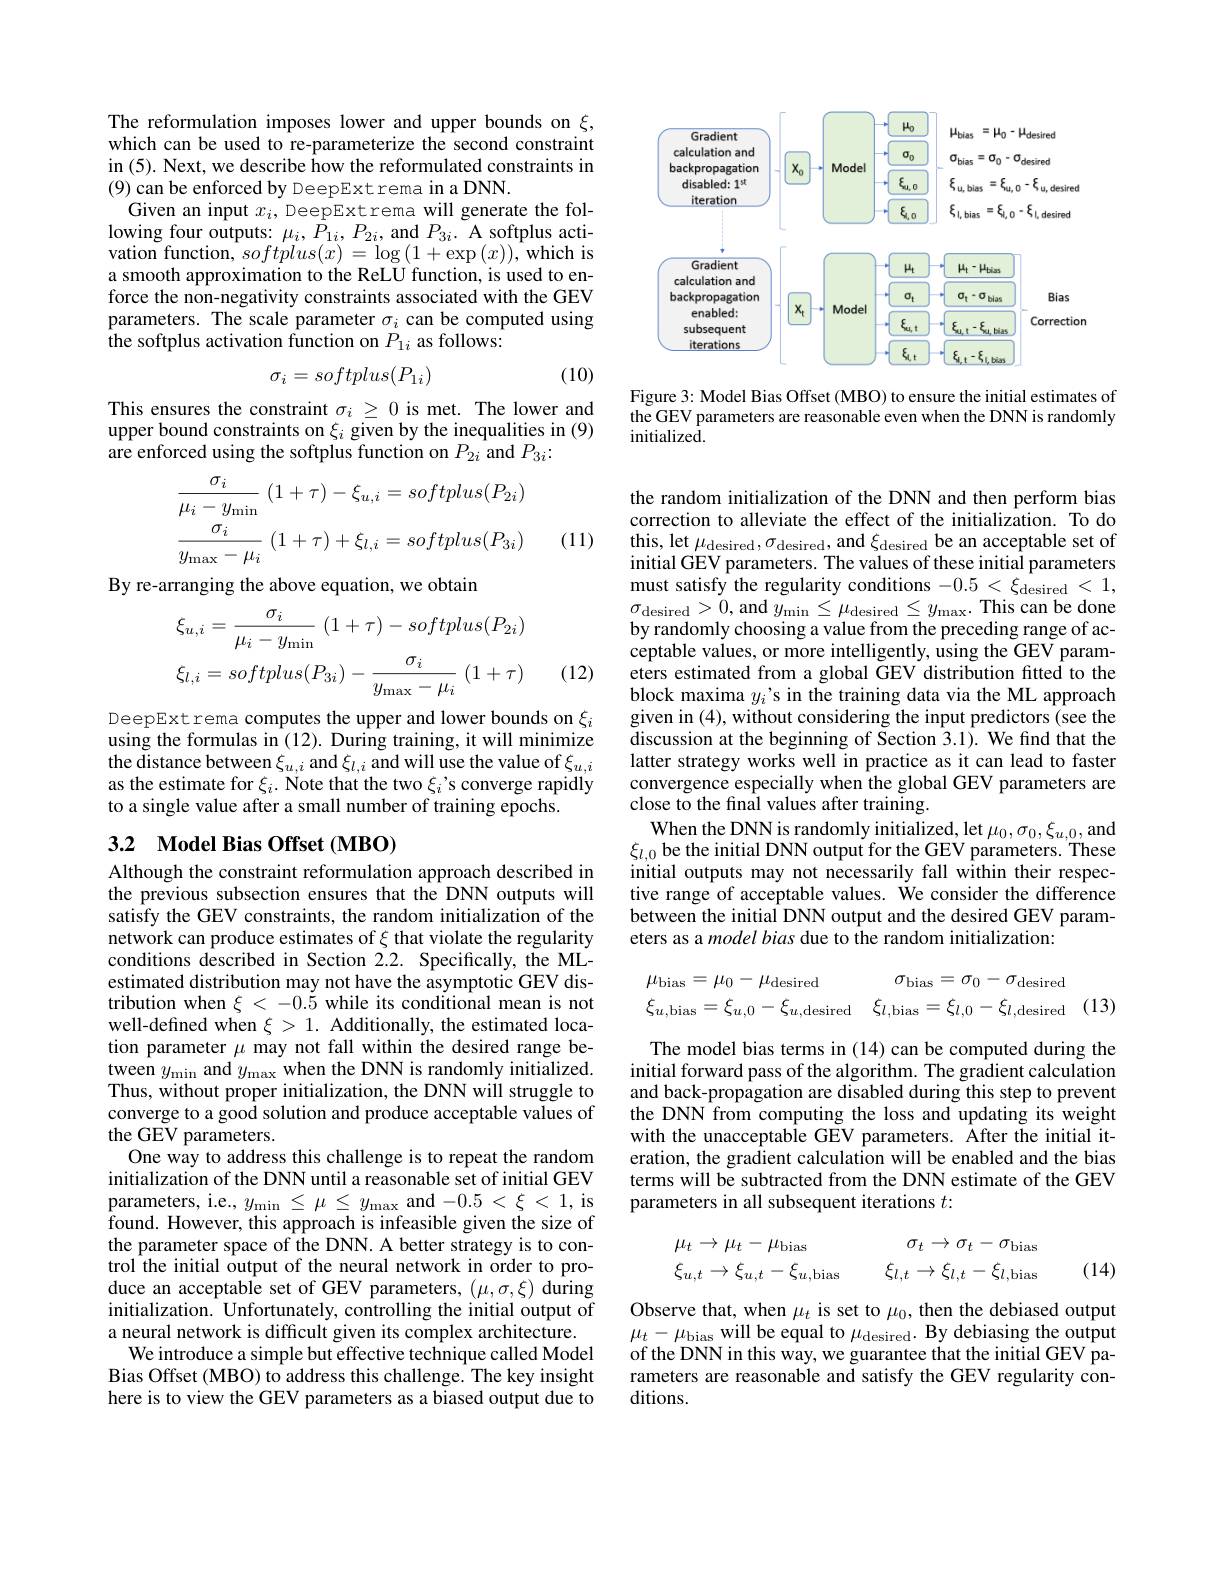
The reformulation imposes lower and upper bounds on $\xi$, which can be used to re-parameterize the second constraint in (5). Next, we describe how the reformulated constraints in (9) can be enforced by DeepExt rema in a DNN.
Given an input $x_i$, DeepExtrema will generate the following four outputs: $\mu_{i},P_{1i},P_{2i}$, and $P_{3i}.$ A softplus acti- ${\mathrm{vation~function,~}softplus(x)~=~\log\left(1+\exp\left(x\right)\right),~}$which is a smooth approximation to the ReLU function, is used to enforce the non-negativity constraints associated with the GEV parameters. The scale parameter $\sigma_i$ can be computed using the softplus activation function on $P_{1i}$ as follows:

(10)
$$\sigma_i=softplus(P_{1i})$$
This ensures the constraint $\sigma_i\geq0$ is met. The lower and upper bound constraints on $\xi_i$ given by the inequalities in (9) are enforced using the softplus function on $P_{2i}$ and $P_{3i}$:
$$\frac{\sigma_{i}}{\mu_{i}-y_{\mathrm{min}}}\:(1+\tau)-\xi_{u,i}=softplus(P_{2i})\\\frac{\sigma_{i}}{y_{\mathrm{max}}-\mu_{i}}\:(1+\tau)+\xi_{l,i}=softplus(P_{3i})$$
(11)

By re-arranging the above equation, we obtain
$$\xi_{u,i}=\frac{\sigma_{i}}{\mu_{i}-y_{\min}}\:(1+\tau)-softplus(P_{2i})\\\xi_{l,i}=softplus(P_{3i})-\frac{\sigma_{i}}{y_{\max}-\mu_{i}}\:(1+\tau)$$
(12)

DeepExt rema computes the upper and lower bounds on $\xi_i$ using the formulas in (12). During training, it will minimize the distance between $\xi_{u,i}$ and $\xi_{l,i}$ and will use the value of $\xi_{u,i}$ as the estimate for $\xi_i.$ Note that the two $\xi_i’$s converge rapidly to a single value after a small number of training epochs.

## 3.2 Model Bias Offset (MBO)

Although the constraint reformulation approach described in the previous subsection ensures that the DNN outputs will satisfy the GEV constraints, the random initialization of the network can produce estimates of $\xi$ that violate the regularity conditions described in Section 2.2. Specifically, the MLestimated distribution may not have the asymptotic GEV distribution when $\xi<-0.\dot{5}$ while its conditional mean is not well-defined when $\xi>1.$ Additionally, the estimated location parameter $\mu$ may not fall within the desired range be- $\begin{array}{c}{\text{tween }y_{\mathrm{min}}}&{\mathrm{and~}y_{\mathrm{max}}}\\{\text{when the DNN is randomly initialized.}}\end{array}$ Thus, without proper initialization, the DNN will struggle to converge to a good solution and produce acceptable values of the GEV parameters.
One way to address this challenge is to repeat the random initialization of the DNN until a reasonable set of initial GEV parameters, i.e., $y_{\mathrm{min}}\leq\mu\leq y_{\mathrm{max}}$ and $-0.5<\xi<1$, is found. However, this approach is infeasible given the size of the parameter space of the DNN. A better strategy is to control the initial output of the neural network in order to produce an acceptable set of GEV parameters, $(\mu,\sigma,\xi)$ during initialization. Unfortunately, controlling the initial output of a neural network is difficult given its complex architecture.
We introduce a simple but effective technique called Model Bias Offset (MBO) to address this challenge. The key insight here is to view the GEV parameters as a biased output due to

<FigureHere>

Figure 3: Model Bias Offset (MBO) to ensure the initial estimates of the GEV parameters are reasonable even when the DNN is randomly initialized.

the random initialization of the DNN and then perform bias correction to alleviate the effect of the initialization. To do this, let $\mu_\mathrm{desired},\sigma_\mathrm{desired}$, and $\xi_\mathrm{desired}$ be an acceptable set of initial GEV parameters. The values of these initial parameters must satisfy the regularity conditions $-0.5<\xi_{\mathrm{desired}}<1$, $\sigma_{\mathrm{desired}}>\dot{0}$,and$y_\mathrm{min}\leq\mu_\mathrm{desired}\leq y_\mathrm{max}.$This can be done by randomly choosing a value from the preceding range of acceptable values, or more intelligently, using the GEV parameters estimated from a global GEV distribution fitted to the block maxima $y_i$'s in the training data via the ML approach given in (4), without considering the input predictors (see the discussion at the beginning of Section 3.1). We find that the latter strategy works well in practice as it can lead to faster convergence especially when the global GEV parameters are close to the final values after training.
When the DNN is randomly initialized, let $\mu_0,\sigma_0,\xi_{u,0}$,and $\xi_{l,0}$ be the initial DNN output for the GEV parameters. These initial outputs may not necessarily fall within their respective range of acceptable values. We consider the difference between the initial DNN output and the desired GEV parameters as a model bias due to the random initialization:
$$\begin{array}{lr}\mu_{\mathrm{bias}}=\mu_0-\mu_{\mathrm{desired}}&\sigma_{\mathrm{bias}}=\sigma_0-\sigma_{\mathrm{desired}}\\\xi_{u,\mathrm{bias}}=\xi_{u,0}-\xi_{u,\mathrm{desired}}&\xi_{l,\mathrm{bias}}=\xi_{l,0}-\xi_{l,\mathrm{desired}}\end{array}$$
(13)

The model bias terms in (14) can be computed during the initial forward pass of the algorithm. The gradient calculation and back-propagation are disabled during this step to prevent the DNN from computing the loss and updating its weight with the unacceptable GEV parameters. After the initial iteration, the gradient calculation will be enabled and the bias terms will be subtracted from the DNN estimate of the GEV parameters in all subsequent iterations $t:$
$$\begin{array}{lr}\mu_t\to\mu_t-\mu_{\mathrm{bias}}&\quad\sigma_t\to\sigma_t-\sigma_{\mathrm{bias}}\\\xi_{u,t}\to\xi_{u,t}-\xi_{u,\mathrm{bias}}&\quad\xi_{l,t}\to\xi_{l,t}-\xi_{l,\mathrm{bias}}\end{array}$$
(14)

Observe that, when $\mu_t$ is set to $\mu_0$, then the debiased output $\mu_{t}-\mu_{\mathrm{bias~will~be~equal~to~}}\mu_{\mathrm{desired}}.$ By debiasing the output of the DNN in this way, we guarantee that the initial GEV parameters are reasonable and satisfy the GEV regularity conditions.